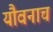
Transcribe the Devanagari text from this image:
यौवनाचं